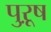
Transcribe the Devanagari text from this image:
पुऱूष